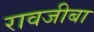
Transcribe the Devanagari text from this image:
रावजीबा